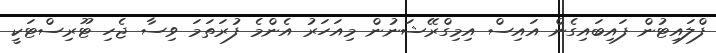
ފްލައިޓުން ފައިބައިގެން އައިސް އިމިގްރޭޝަނުން މިއަހަރު އެންމެ ފުރަތަމަ ވިސާ ޖެހި ޓޫރިސްޓަކީ